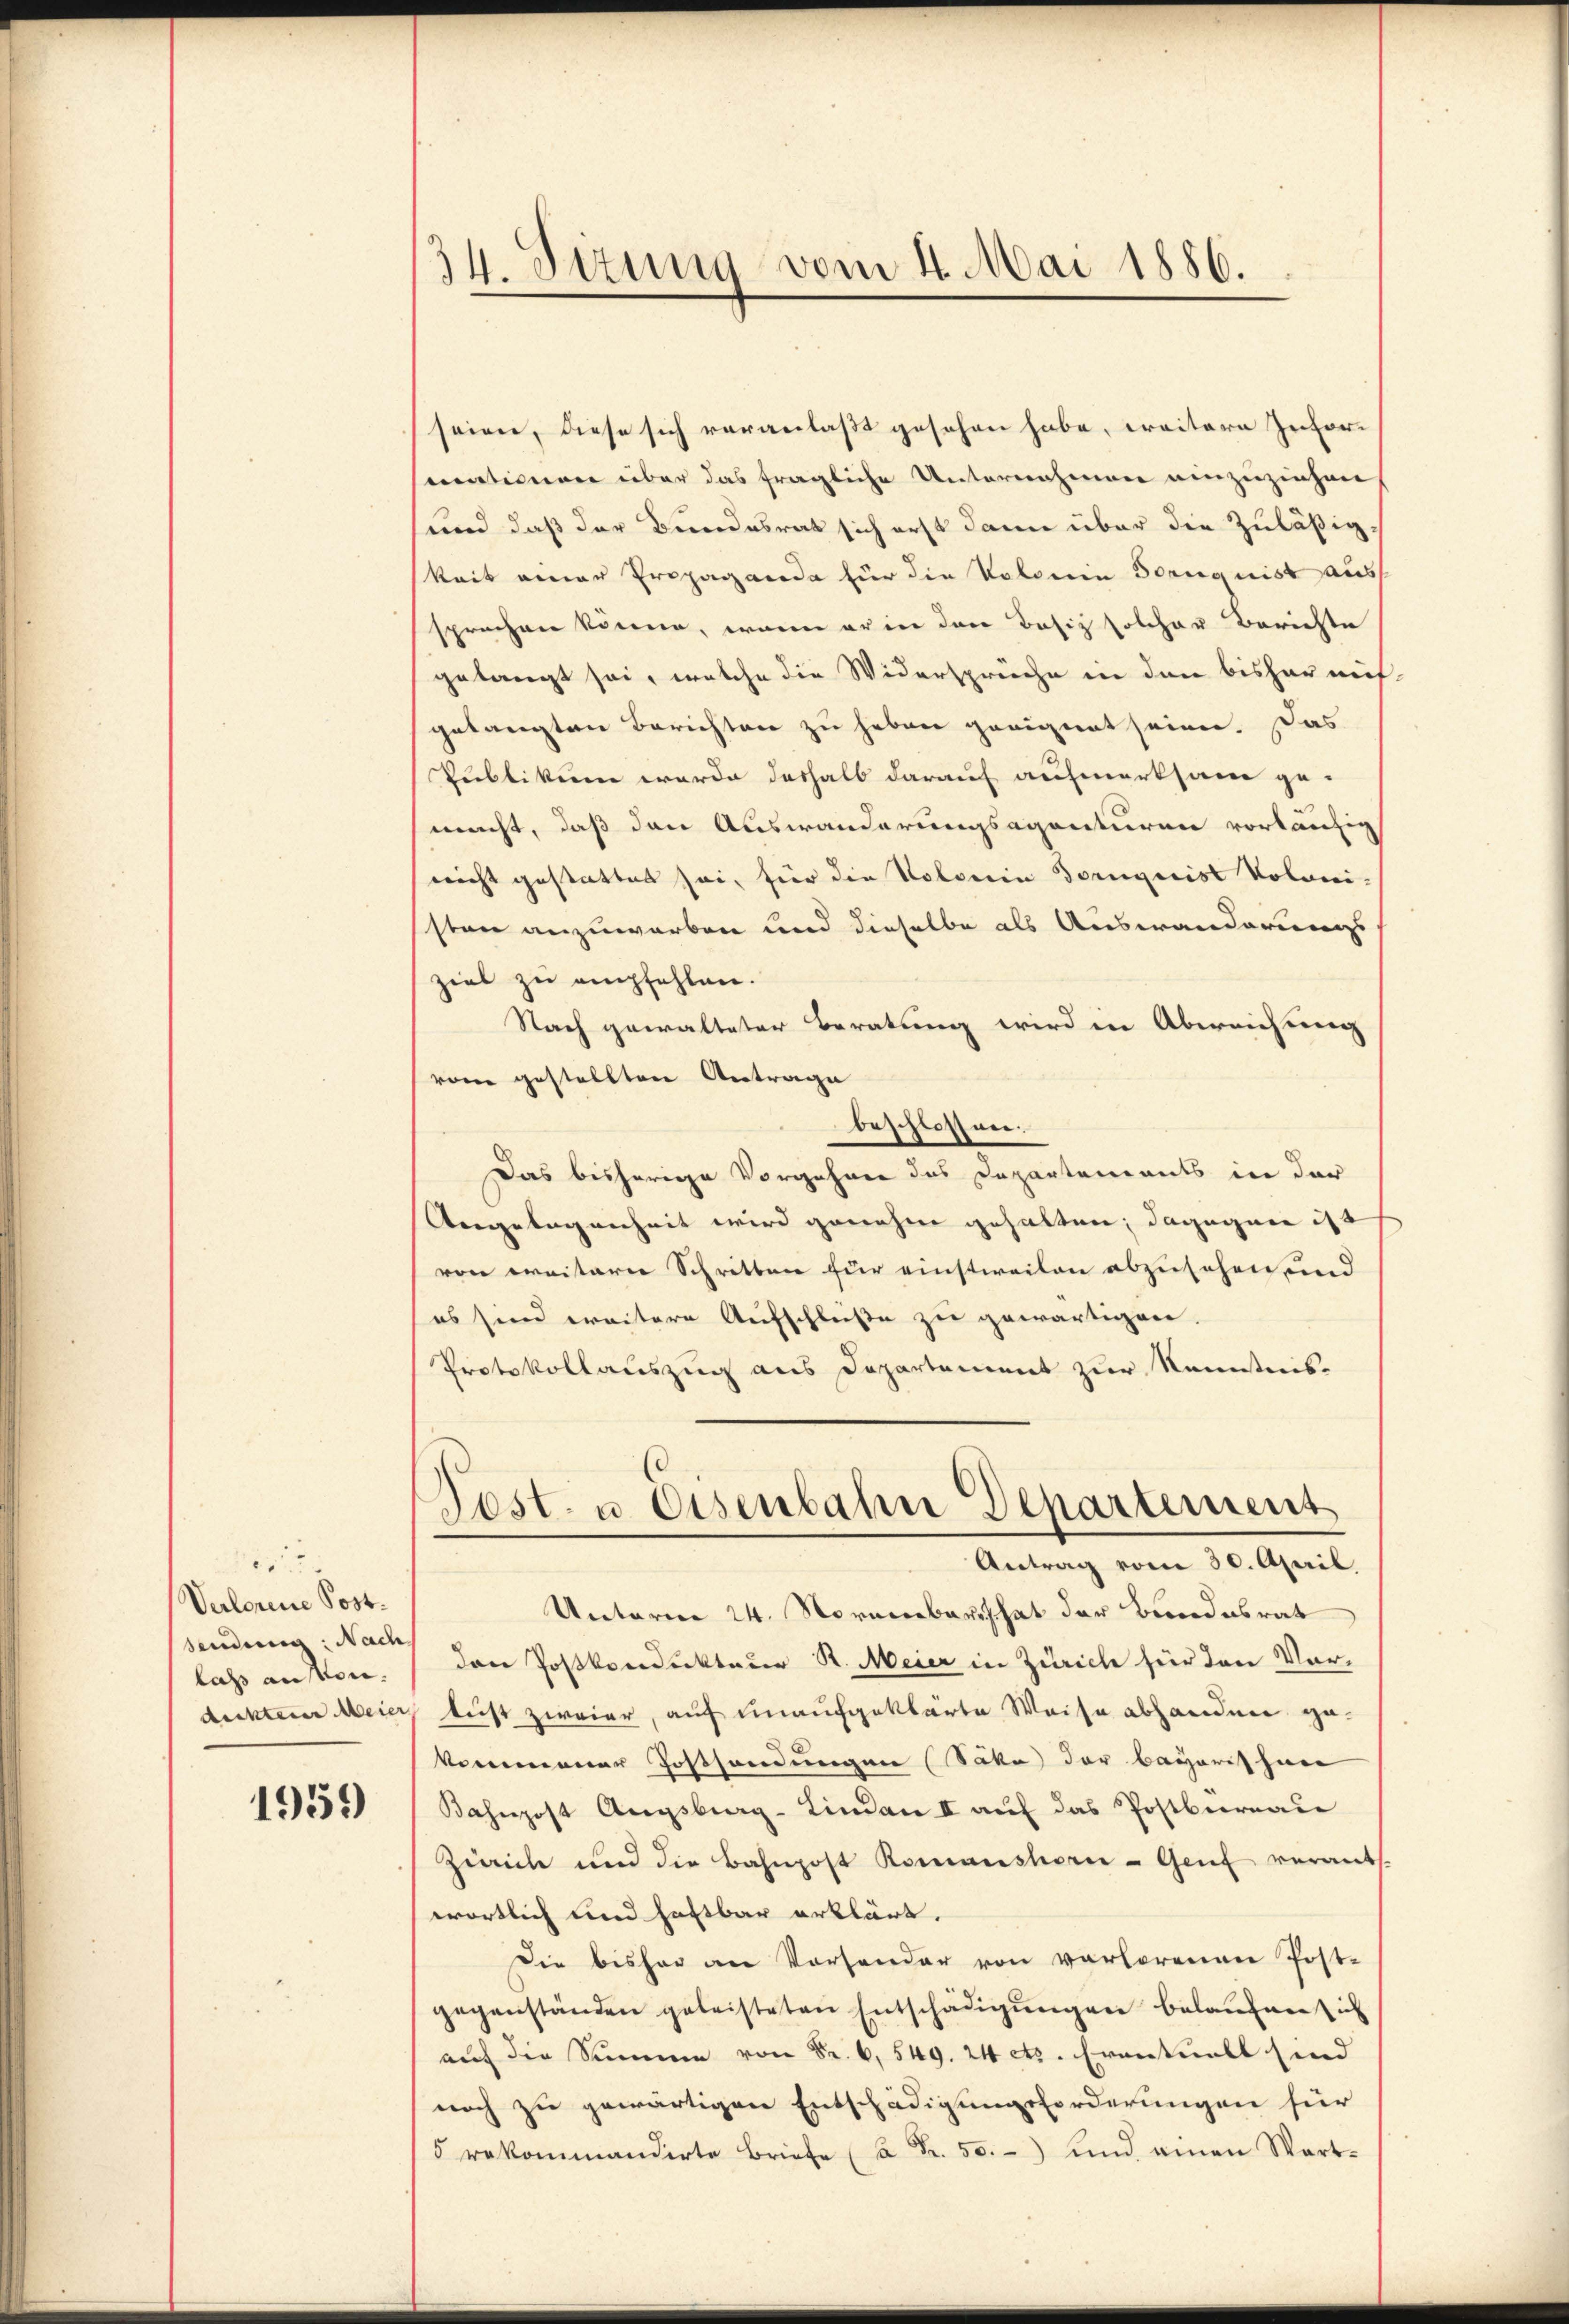
e
Verlorene Postsendern: Nach
lass an Mon.

1959

34. Situng vom 4. Mai 1886.

seien, diese sich veranlaßt gesehen habe, weitere Inforcentionare über das fragliche Unternehmen einzuziehen
und daß der Bundesrat sich erst dann über die Zuläßigkeit einer Propagande für die Volorin Soruquist aus
sprechen könne, wenn er in den Basiz solcher Berichte
gelangt sei, welche die Widersprüche in den bishar auch
gelangten Berichten zu haben geeignet seien. Das
Sublikum werde deshalb darauf aufmerksam ge-
macht, daß den Auswanderungsagenturen vorläufig
nicht gestattet sei, für die Volserin Dorngeist Voloni-
sten anzuwerben und dieselbe als Auswanderungs
ziel zu empfehlen.
Nach gewalteter Beratung wird in Abereichung
vom gestellten Antrage
beschlossen.
Das bisherige Vorgehren des Departements in der
Angelegenheit wird genehm gehalten; dagegen ist
von weitere Schritten für einstweilen abzusehen und
(es sind weitere Aufschlüße zu gewärtigen.
Protokollauszug aus Departement zur Kenntnis-
Post. u. Eisenbahn Departement
Antrag vom 30. April,
Unterm 24. November hat der Bundesrat
dan Joskondukteur R. Meier in Zürich für den Vordeckten Meier lust zweier, auf unaufgeklärte Weise abhanden gekommener Jostsandungen Säke der bayerischen
Bahnpost Augsberg-Lindau II aŭf das Postbureau
Zirich und die Bahnpost Romanshorn - Genf verants.
wörtlich und haftbar erklärt.
Die bisher an Vorsender von verlorenen Post-
gegenständen geleisteten Entschädigungen belaufnen sich
auch die Summe von Sr. 6. 549. 24 etc. Eventuell sind
noch zu gewärtigen Entschädigungsforderungen für
5 rekommandirte Briefe (a Fr. 50.- und einen Wart¬